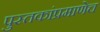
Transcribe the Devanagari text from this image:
पुस्तकांप्रमाणेच